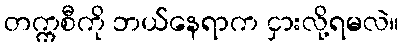
တက္ကစီကို ဘယ်နေရာက ငှားလို့ရမလဲ။